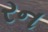
રન